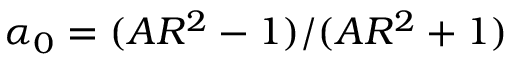
\alpha _ { 0 } = ( A R ^ { 2 } - 1 ) / ( A R ^ { 2 } + 1 )